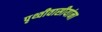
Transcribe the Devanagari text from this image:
पृथ्वीवासीयांना